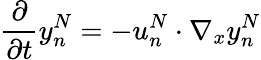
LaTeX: \frac{\partial}{\partial t}y_{n}^{N}=-u_{n}^{N}\cdot\nabla_{x}y_{n}^{N}